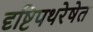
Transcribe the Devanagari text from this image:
दृष्टिपथरेषेत